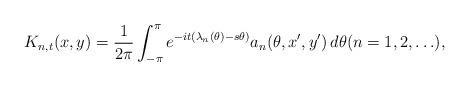
LaTeX: \begin{align*} K_{n,t}(x,y)= \frac{1}{2\pi}\int_{-\pi}^\pi e^{-it (\lambda_n(\theta)-s\theta)}a_n(\theta,x',y')\, d\theta(n=1,2,\ldots),\end{align*}